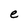
Character: e